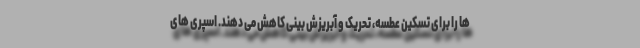
ها را برای تسکین عطسه، تحریک و آبریزش بینی کاهش می دهند. اسپری های